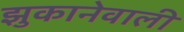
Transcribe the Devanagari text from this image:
झुकानेवाली